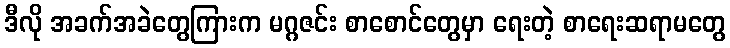
ဒီလို အခက်အခဲတွေကြားက မဂ္ဂဇင်း စာစောင်တွေမှာ ရေးတဲ့ စာရေးဆရာမတွေ